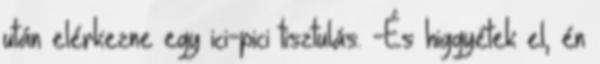
után elérkezne egy ici-pici tisztulás. -És higgyétek el, én